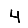
Digit: 4